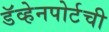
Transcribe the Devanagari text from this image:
डॅव्हेनपोर्टची